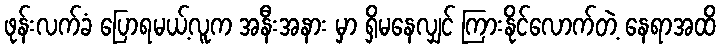
ဖုန်းလက်ခံ ပြောရမယ့်လူက အနီးအနား မှာ ရှိမနေလျှင် ကြားနိုင်လောက်တဲ့ နေရာအထိ